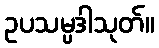
ဥပသမ္ပဒါသုတ်။